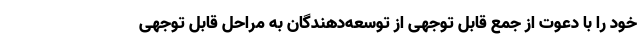
خود را با دعوت از جمع قابل توجهی از توسعه‌دهندگان به مراحل قابل توجهی